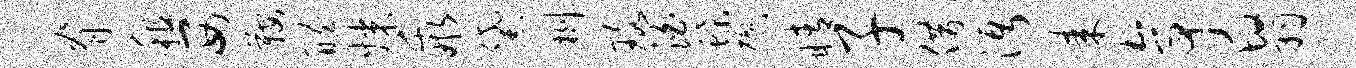
脊租西鞍醴媒乖黛劂珞泊蝶懋睛子借沔耒亭翳